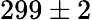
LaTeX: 299\pm 2